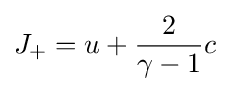
J_{+}=u+{\frac {2}{\gamma -1}}c